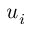
u _ { i }